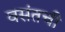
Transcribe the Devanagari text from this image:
वसंतची